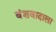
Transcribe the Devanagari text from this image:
वंशवादाला